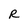
Character: R